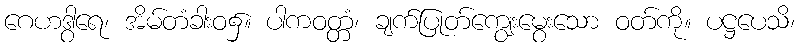
ဂေဟဒွါရေ၊ အိမ်တံခါးဝ၌။ ပါကဝတ္တံ၊ ချက်ပြုတ်ကျွေးမွေးသော ဝတ်ကို။ ပဋ္ဌပေသိ၊